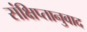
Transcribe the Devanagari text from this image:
संक्षिप्तानुवाद